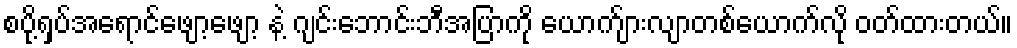
စပို့ရှပ်အရောင်ဖျော့ဖျော့ နဲ့ ဂျင်းဘောင်းဘီအပြာကို ယောက်ျားလျာတစ်ယောက်လို ဝတ်ထားတယ်။